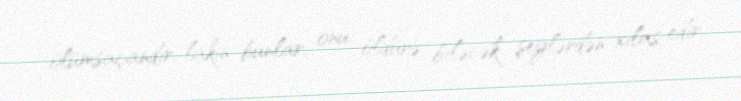
ölümsaçandır, lakin bunlar, onu öldürə biləcək şeylərdən xilas edir.